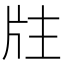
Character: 𤖸